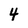
Character: 4